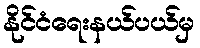
နိုင်ငံရေးနယ်ပယ်မှ